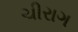
ચીરાગ